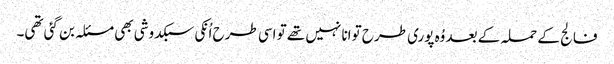
فالج کے حملہ کے بعد وُہ پوری طرح توانا نہیں تھے تو اسی طرح اُنکی سبکدوشی بھی مسئلہ بن گئی تھی۔